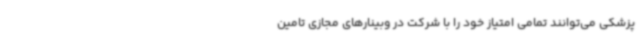
پزشکی می‌توانند تمامی امتیاز خود را با شرکت در وبینارهای مجازی تامین